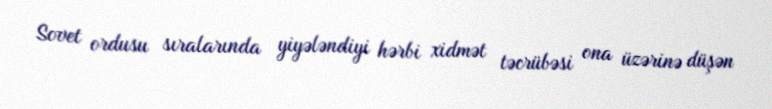
Sovet ordusu sıralarında yiyələndiyi hərbi xidmət təcrübəsi ona üzərinə düşən